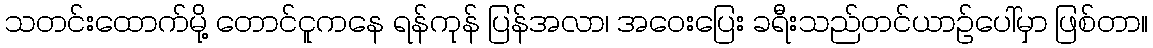
သတင်းထောက်မို့ တောင်ငူကနေ ရန်ကုန် ပြန်အလာ၊ အဝေးပြေး ခရီးသည်တင်ယာဉ်ပေါ်မှာ ဖြစ်တာ။